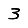
Digit: 3